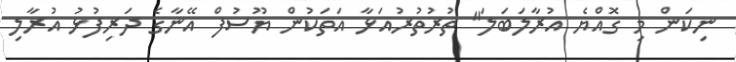
ނިކަން މި ގޮއްޔެ އުރާލަބަލަ" ތުރުތުރުއަޅާ އަތަކުން ޔޫސުފް އޭނާގެ ދަރިފުޅު އުރާލި